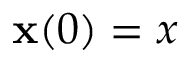
\mathbf { x } ( 0 ) = x